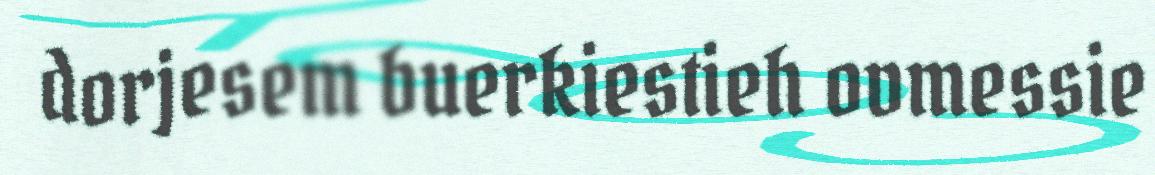
dorjesem buerkiestieh ovmessie